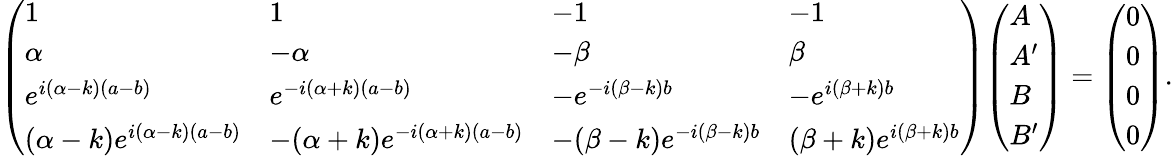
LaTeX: {\left(\begin{array}{llll}{1}&{1}&{-1}&{-1}\\ {\alpha}&{-\alpha}&{-\beta}&{\beta}\\ {e^{i(\alpha-k)(a-b)}}&{e^{-i(\alpha+k)(a-b)}}&{-e^{-i(\beta-k)b}}&{-e^{i(\beta+k)b}}\\ {(\alpha-k)e^{i(\alpha-k)(a-b)}}&{-(\alpha+k)e^{-i(\alpha+k)(a-b)}}&{-(\beta-k)e^{-i(\beta-k)b}}&{(\beta+k)e^{i(\beta+k)b}}\end{array}\right)}{\left(\begin{array}{l}{A}\\ {A^{\prime}}\\ {B}\\ {B^{\prime}}\end{array}\right)}={\left(\begin{array}{l}{0}\\ {0}\\ {0}\\ {0}\end{array}\right)}.